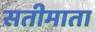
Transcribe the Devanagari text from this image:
सतीमाता